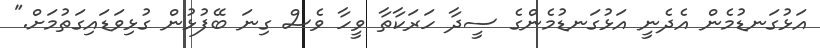
އަޅުގަނޑުމެން އެދެނީ އަޅުގަނޑުމެންގެ ސީދާ ހަރަކާތާ ވީހާ ވެސް ގިނަ ބޭފުޅުން ގުޅިވަޑައިގަތުމަށް."